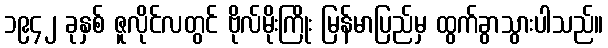
၁၉၄၂ ခုနှစ် ဇူလိုင်လတွင် ဗိုလ်မိုးကြိုး မြန်မာပြည်မှ ထွက်ခွာသွားပါသည်။